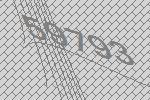
59793